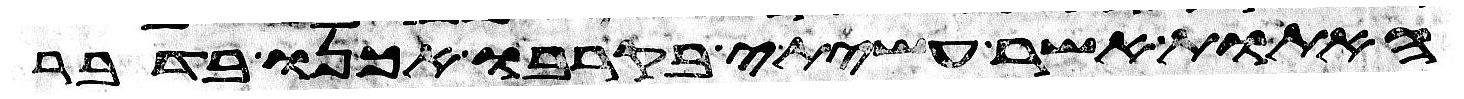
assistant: האתות אשר עשיתי בקרבו אכנו בדבר